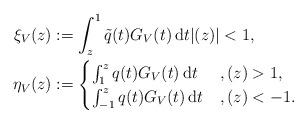
LaTeX: \begin{align*}\xi_V(z) &:= \int_z^1 \tilde{q}(t) G_V(t) \, \mathrm dt |(z)|<1, \\\eta_V(z)&:= \begin{cases} \int_1^z q(t) G_V(t) \, \mathrm dt &, (z)>1,\\ \int_{-1}^z q(t) G_V(t) \, \mathrm dt &, (z)<-1.\end{cases}\end{align*}